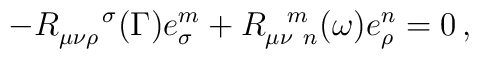
- R_{\mu\nu\rho}^{~~~~\sigma}(\Gamma) e_{\sigma}^m + R_{\mu\nu~ n}^{~~m}(\omega) e_{\rho}^n = 0\,,